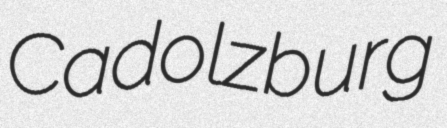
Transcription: Cadolzburg